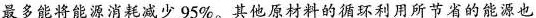
最多能将能源消耗减少95%。其他原材料的循环利用所节省的能源也